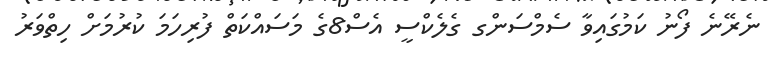
ނެރޭނެ ފޯނު ކަމުގައިވާ ސެމްސަންގ ގެލެކްސީ އެސް8ގެ މަސައްކަތް ފުރިހަމަ ކުރުމަށް ހިތްވަރު